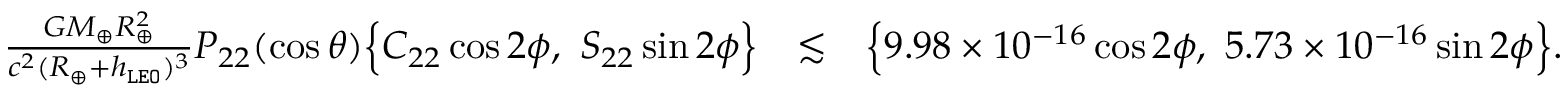
\begin{array} { r l r } { \frac { G M _ { \oplus } R _ { \oplus } ^ { 2 } } { c ^ { 2 } ( R _ { \oplus } + h _ { \tt L E O } ) ^ { 3 } } P _ { 2 2 } ( \cos \theta ) \Big \{ C _ { 2 2 } \cos 2 \phi , ~ S _ { 2 2 } \sin 2 \phi \Big \} } & { \lesssim } & { \Big \{ 9 . 9 8 \times 1 0 ^ { - 1 6 } \cos 2 \phi , ~ 5 . 7 3 \times 1 0 ^ { - 1 6 } \sin 2 \phi \Big \} . } \end{array}